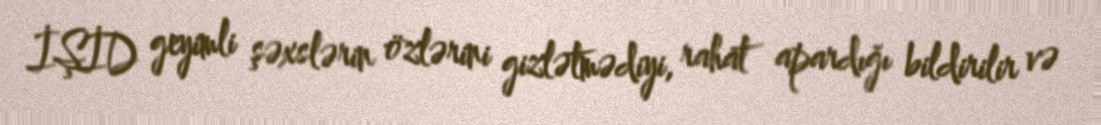
İŞİD geyimli şəxslərin özlərini gizlətmədiyi, rahat apardığı bildirilir və